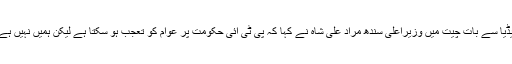
میڈیا سے بات چیت میں وزیراعلی سندھ مراد علی شاہ نے کہا کہ پی ٹی آئی حکومت پر عوام کو تعجب ہو سکتا ہے لیکن ہمیں نہیں ہے ۔